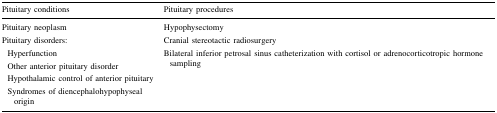
<table><thead><tr><td><b>Pituitary conditions</b></td><td><b>Pituitary procedures</b></td></tr></thead><tbody><tr><td>Pituitary neoplasm</td><td>Hypophysectomy</td></tr><tr><td>Pituitary disorders:</td><td>Cranial stereotactic radiosurgery</td></tr><tr><td> Hyperfunction</td><td rowspan="4">Bilateral inferior petrosal sinus catheterization with cortisol or adrenocorticotropic hormone sampling</td></tr><tr><td> Other anterior pituitary disorder</td></tr><tr><td> Hypothalamic control of anterior pituitary</td></tr><tr><td> Syndromes of diencephalohypophyseal origin</td></tr></tbody></table>